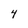
Character: 4